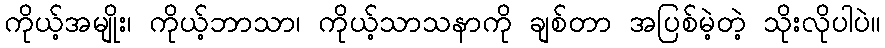
ကိုယ့်အမျိုး၊ ကိုယ့်ဘာသာ၊ ကိုယ့်သာသနာကို ချစ်တာ အပြစ်မဲ့တဲ့ သိုးလိုပါပဲ။